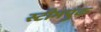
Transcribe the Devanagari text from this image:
स्टीमपुंक